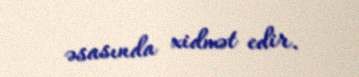
əsasında xidmət edir.